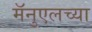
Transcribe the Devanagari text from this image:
मॅनुएलच्या